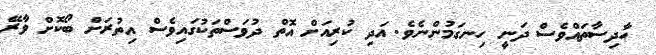
ހާދިސާތައްވެސް ދަނީ ހިނގަމުންނެވެ. އަދި ކުރިއަށް އޮތް ދުވަސްތަކުގައިވެސް އިތުރަށް ބޯކޮށް ވާރޭ